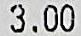
3.00